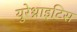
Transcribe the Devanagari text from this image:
युरेथ्राइटिस